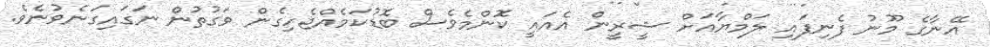
އޭނާގެ މޫނު ފެނިފައި ލަމްޔާއަށް ޝީރީން އެއައީ ކޮންމެވެސް ބޮޑުކަމެއްޖެހިގެން ވަގުތުން ނަގައިގަނެވުނެވެ.